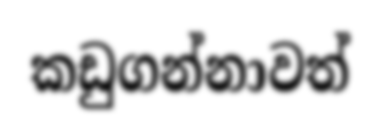
කඩුගන්නාවත්